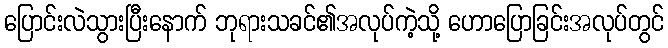
ပြောင်းလဲသွားပြီးနောက် ဘုရားသခင်၏အလုပ်ကဲ့သို့ ဟောပြောခြင်းအလုပ်တွင်